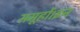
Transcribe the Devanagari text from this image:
समूहों।इन